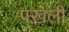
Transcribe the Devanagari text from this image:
पख़ली